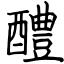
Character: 醴